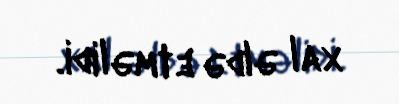
xal əldə etməlidi.